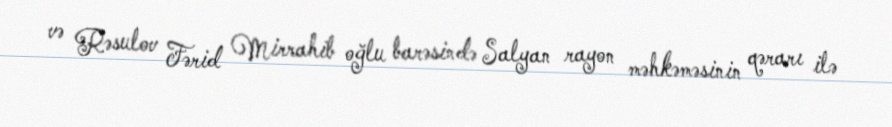
və Rəsulov Fərid Mirrahib oğlu barəsində Salyan rayon məhkəməsinin qərarı ilə